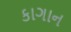
કાગાન